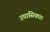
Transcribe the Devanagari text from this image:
उपासिका।